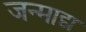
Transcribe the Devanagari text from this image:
जन्माद्य